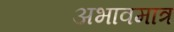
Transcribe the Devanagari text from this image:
अभावमात्र